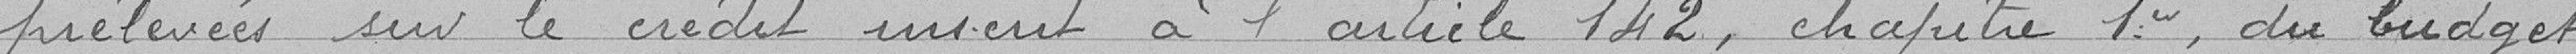
prélevées sur le crédit inscrit à l'article 142, chapitre 1er, du budget